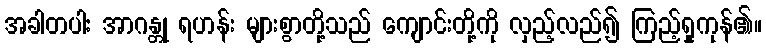
အခါတပါး အာဂန္တု ရဟန်း များစွာတို့သည် ကျောင်းတို့ကို လှည့်လည်၍ ကြည့်ရှုကုန်၏။